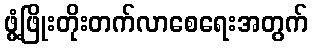
ဖွံ့ဖြိုးတိုးတက်လာစေရေးအတွက်